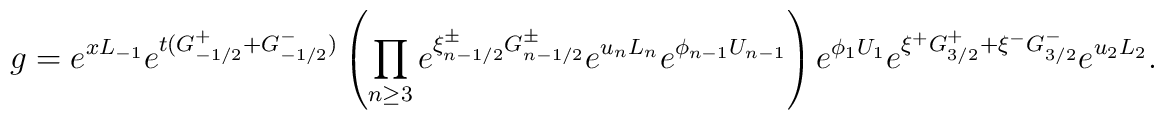
g = e^{xL_{-1}}e^{ t(G_{-1/2}^{+}+G_{-1/2}^{-})}\left( \prod_{n\geq 3}e^{\xi^{\pm}_{n-1/2}G_{n-1/2}^{\pm}}e^{u_nL_n}e^{\phi_{n-1}U_{n-1}}\right)e^{\phi_1 U_1}e^{\xi^{+}G_{3/2}^{+}+\xi^{-}G_{3/2}^{-}}e^{u_2 L_2} .